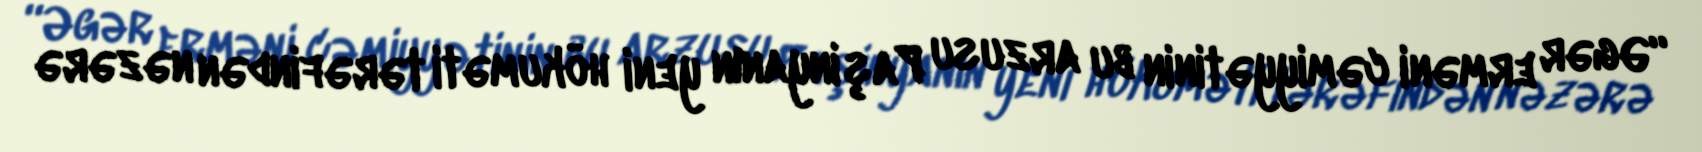
“Əgər erməni cəmiyyətinin bu arzusu Paşinyanın yeni hökuməti tərəfindən nəzərə